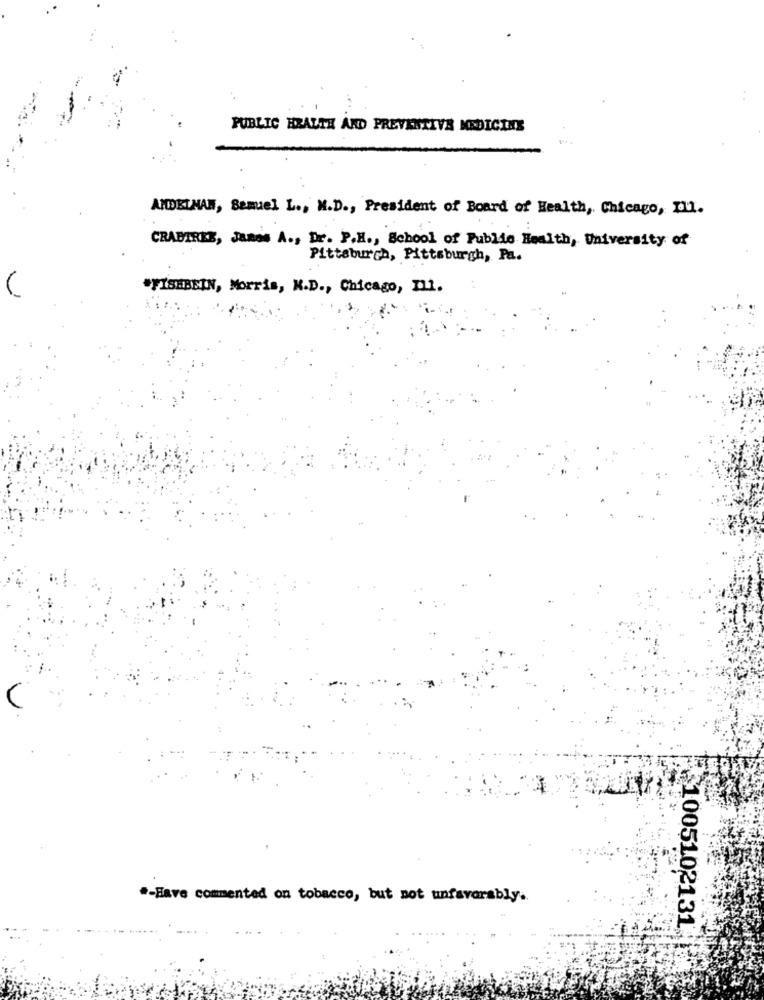
PUBLIC HEALTH AND PREVENTIVE MEDICINE
ANDEINAN, Samuel L ., M.D ., President of Board of Health, Chicago, Il1.
CRABTREE, James A ., Dr. P.H ., School of Public Health, University of
Pittsburgh, Pittsburgh, Pa.
#FISHBEIN, Morris, K.D ., Chicago, 111.
"-Have commented on tobacco, but not unfavorably.
....
$1005102131